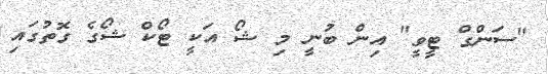
"ސަންގް ޓީވީ" އިން ބުނީ މި ޝޯ އަކީ ޓޯކް ޝޯގެ ގޮތުގައި